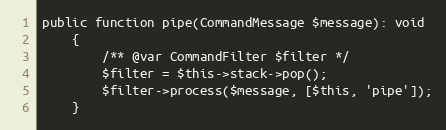
Language: PHP
public function pipe(CommandMessage $message): void
    {
        /** @var CommandFilter $filter */
        $filter = $this->stack->pop();
        $filter->process($message, [$this, 'pipe']);
    }